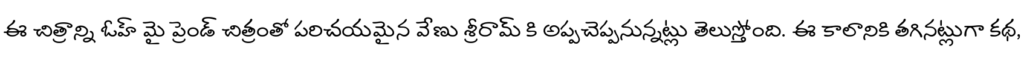
ఈ చిత్రాన్ని ఓహ్ మై ప్రెండ్ చిత్రంతో పరిచయమైన వేణు శ్రీరామ్ కి అప్పచెప్పనున్నట్లు తెలుస్తోంది. ఈ కాలానికి తగినట్లుగా కథ,